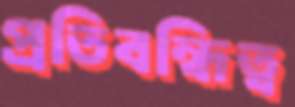
প্রতিবন্ধিত্ব